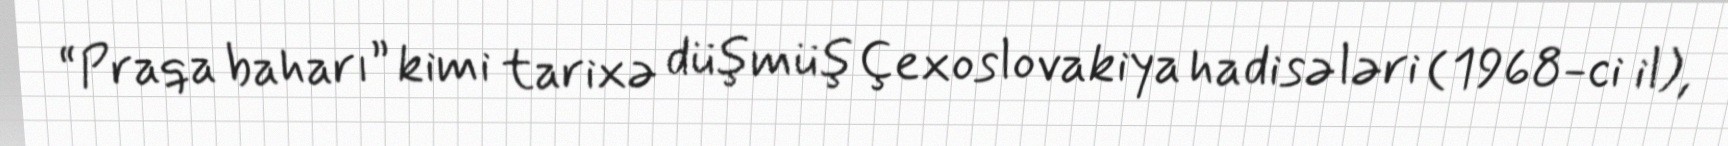
“Praqa baharı” kimi tarixə düşmüş Çexoslovakiya hadisələri (1968-ci il),